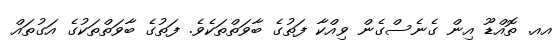
އއ. ތޮއްޑޫ އިން ގެނެސްގެން ވިއްކާ ފަތުގެ ބާވަތްތަކެވެ. ފަތުގެ ބާވަތްތަކުގެ އަގުތައް